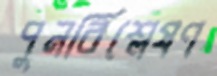
পুনর্বিশ্লেষণ